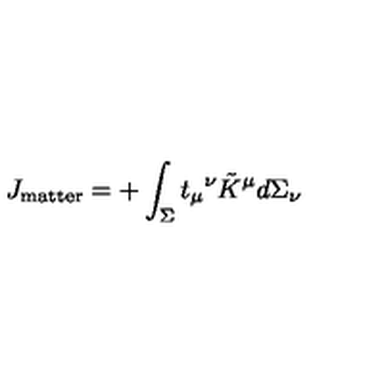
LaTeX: J _ { \mathrm { m a t t e r } } = + \int _ { \Sigma } t _ { \mu } { } ^ { \nu } \tilde { K } ^ { \mu } d \Sigma _ { \nu }